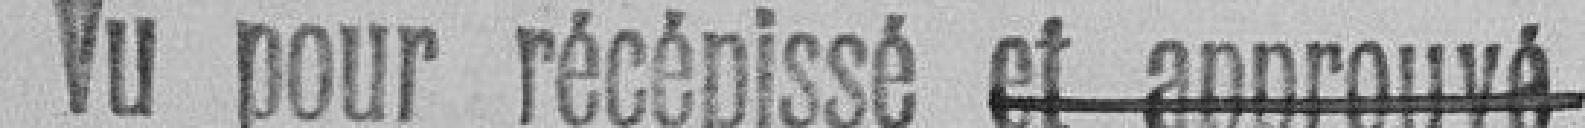
Vu pour récépissé et approuvé